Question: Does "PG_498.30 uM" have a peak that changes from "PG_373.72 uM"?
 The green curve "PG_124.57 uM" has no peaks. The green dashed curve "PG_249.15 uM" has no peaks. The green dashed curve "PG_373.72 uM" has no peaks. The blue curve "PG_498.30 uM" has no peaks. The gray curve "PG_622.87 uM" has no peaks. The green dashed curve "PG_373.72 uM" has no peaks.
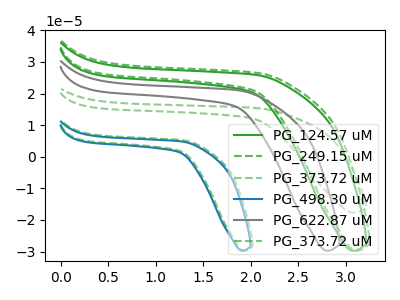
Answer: <think>Neither "PG_498.30 uM" or "PG_373.72 uM" have any peaks.
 </think>
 <answer>No, "PG_498.30 uM" and "PG_373.72 uM" don't appear to be significantly different in shape</answer>
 <eval>no_change</eval>